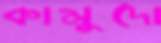
কামুদো